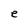
Character: e